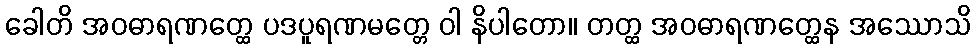
ခေါတိ အဝဓာရဏတ္ထေ ပဒပူရဏမတ္တေ ဝါ နိပါတော။ တတ္ထ အဝဓာရဏတ္ထေန အဿောသိ